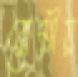
রোমীয়